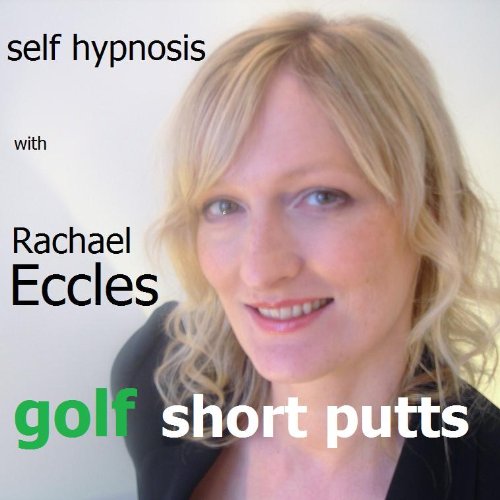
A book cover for Golf Short Putts, Improve Your Golf Game with Enhanced Confidence & Focus and be a Great Putter, Self Hypnosis, Hypnotherapy CD; Rachael Eccles; Health, Fitness & Dieting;